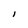
Character: I